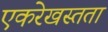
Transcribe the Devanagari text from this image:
एकरेखस्तता